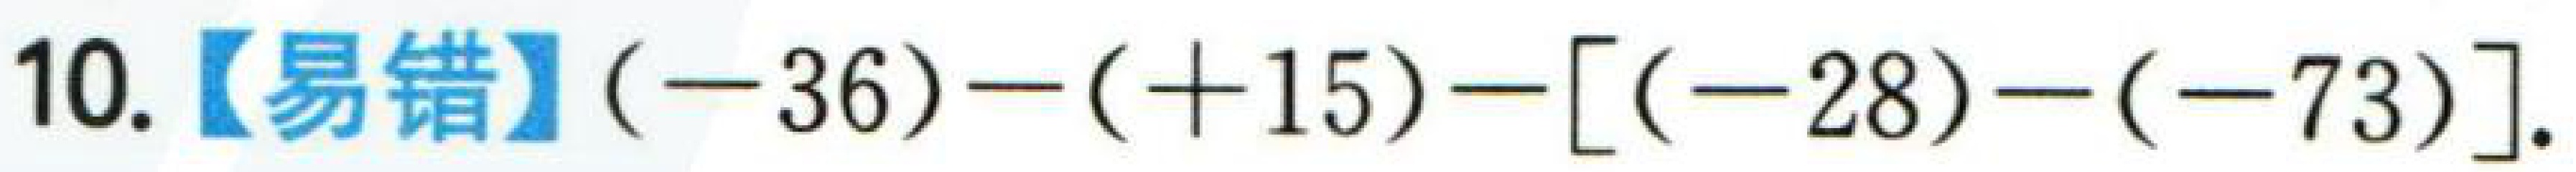
10.【易错】$(-36)-(+15)-[(-28)-(-73)]$.